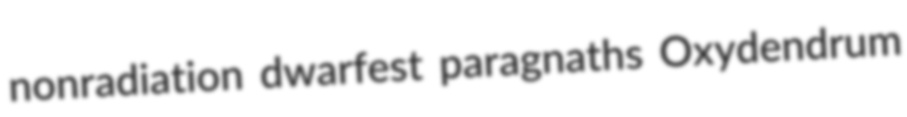
nonradiation dwarfest paragnaths Oxydendrum